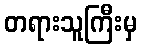
တရားသူကြီးမှ